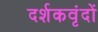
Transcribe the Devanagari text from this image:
दर्शकवृंदों